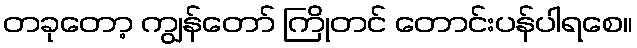
တခုတော့ ကျွန်တော် ကြိုတင် တောင်းပန်ပါရစေ။